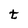
Character: t